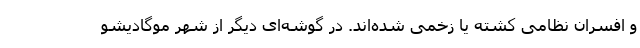
و افسران نظامی کشته یا زخمی شده‌اند. در گوشه‌ای دیگر از شهر موگادیشو